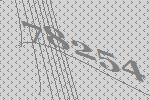
78254